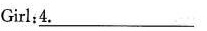
Girl : 4. \underline{4}